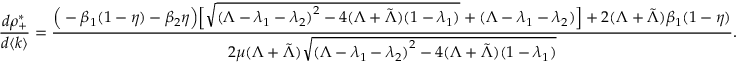
\frac { d \rho _ { + } ^ { * } } { d \langle k \rangle } = \frac { \Big ( - \beta _ { 1 } ( 1 - \eta ) - \beta _ { 2 } \eta \Big ) \Big [ \sqrt { { ( \Lambda - \lambda _ { 1 } - \lambda _ { 2 } ) } ^ { 2 } - 4 ( \Lambda + \tilde { \Lambda } ) ( 1 - \lambda _ { 1 } ) } + ( \Lambda - \lambda _ { 1 } - \lambda _ { 2 } ) \Big ] + 2 ( \Lambda + \Tilde { \Lambda } ) \beta _ { 1 } ( 1 - \eta ) } { 2 \mu ( \Lambda + \Tilde { \Lambda } ) \sqrt { { ( \Lambda - \lambda _ { 1 } - \lambda _ { 2 } ) } ^ { 2 } - 4 ( \Lambda + \tilde { \Lambda } ) ( 1 - \lambda _ { 1 } ) } } .